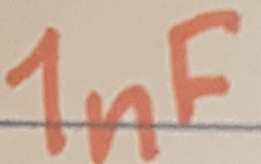
Text: 1nF